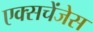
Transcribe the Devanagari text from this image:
एक्सचेंजेस